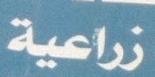
زراعية